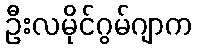
ဦးလမိုင်ဂွမ်ဂျာက